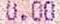
0.00